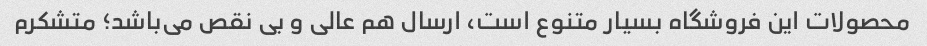
محصولات این فروشگاه بسیار متنوع است، ارسال هم عالی و بی نقص می‌باشد؛ متشکرم